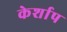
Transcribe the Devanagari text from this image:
केर्शाप